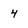
Character: 4